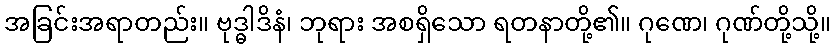
အခြင်းအရာတည်း။ ဗုဒ္ဓါဒိနံ၊ ဘုရား အစရှိသော ရတနာတို့၏။ ဂုဏေ၊ ဂုဏ်တို့သို့။